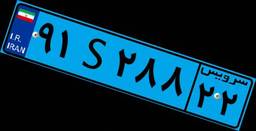
۹۱S۲۸۸۲۲